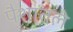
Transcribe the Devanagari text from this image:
पैशातले